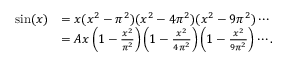
{ \begin{array} { r l } { \sin ( x ) } & { = x ( x ^ { 2 } - \pi ^ { 2 } ) ( x ^ { 2 } - 4 \pi ^ { 2 } ) ( x ^ { 2 } - 9 \pi ^ { 2 } ) \cdots } \\ & { = A x \left( 1 - { \frac { x ^ { 2 } } { \pi ^ { 2 } } } \right) \left( 1 - { \frac { x ^ { 2 } } { 4 \pi ^ { 2 } } } \right) \left( 1 - { \frac { x ^ { 2 } } { 9 \pi ^ { 2 } } } \right) \cdots . } \end{array} }